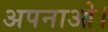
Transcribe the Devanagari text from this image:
अपनाओ।